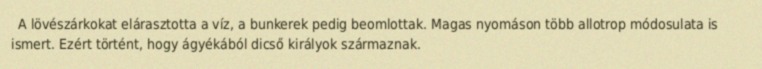
A lövészárkokat elárasztotta a víz, a bunkerek pedig beomlottak. Magas nyomáson több allotrop módosulata is ismert. Ezért történt, hogy ágyékából dicső királyok származnak.